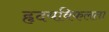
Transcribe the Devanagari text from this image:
हृदयविफलता